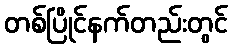
တစ်ပြိုင်နက်တည်းတွင်